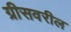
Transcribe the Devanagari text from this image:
ग्रीसवरील